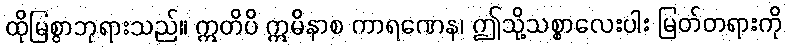
ထိုမြစွာဘုရားသည်။ ဣတိပိ ဣမိနာစ ကာရဏေန၊ ဤသို့သစ္စာလေးပါး မြတ်တရားကို